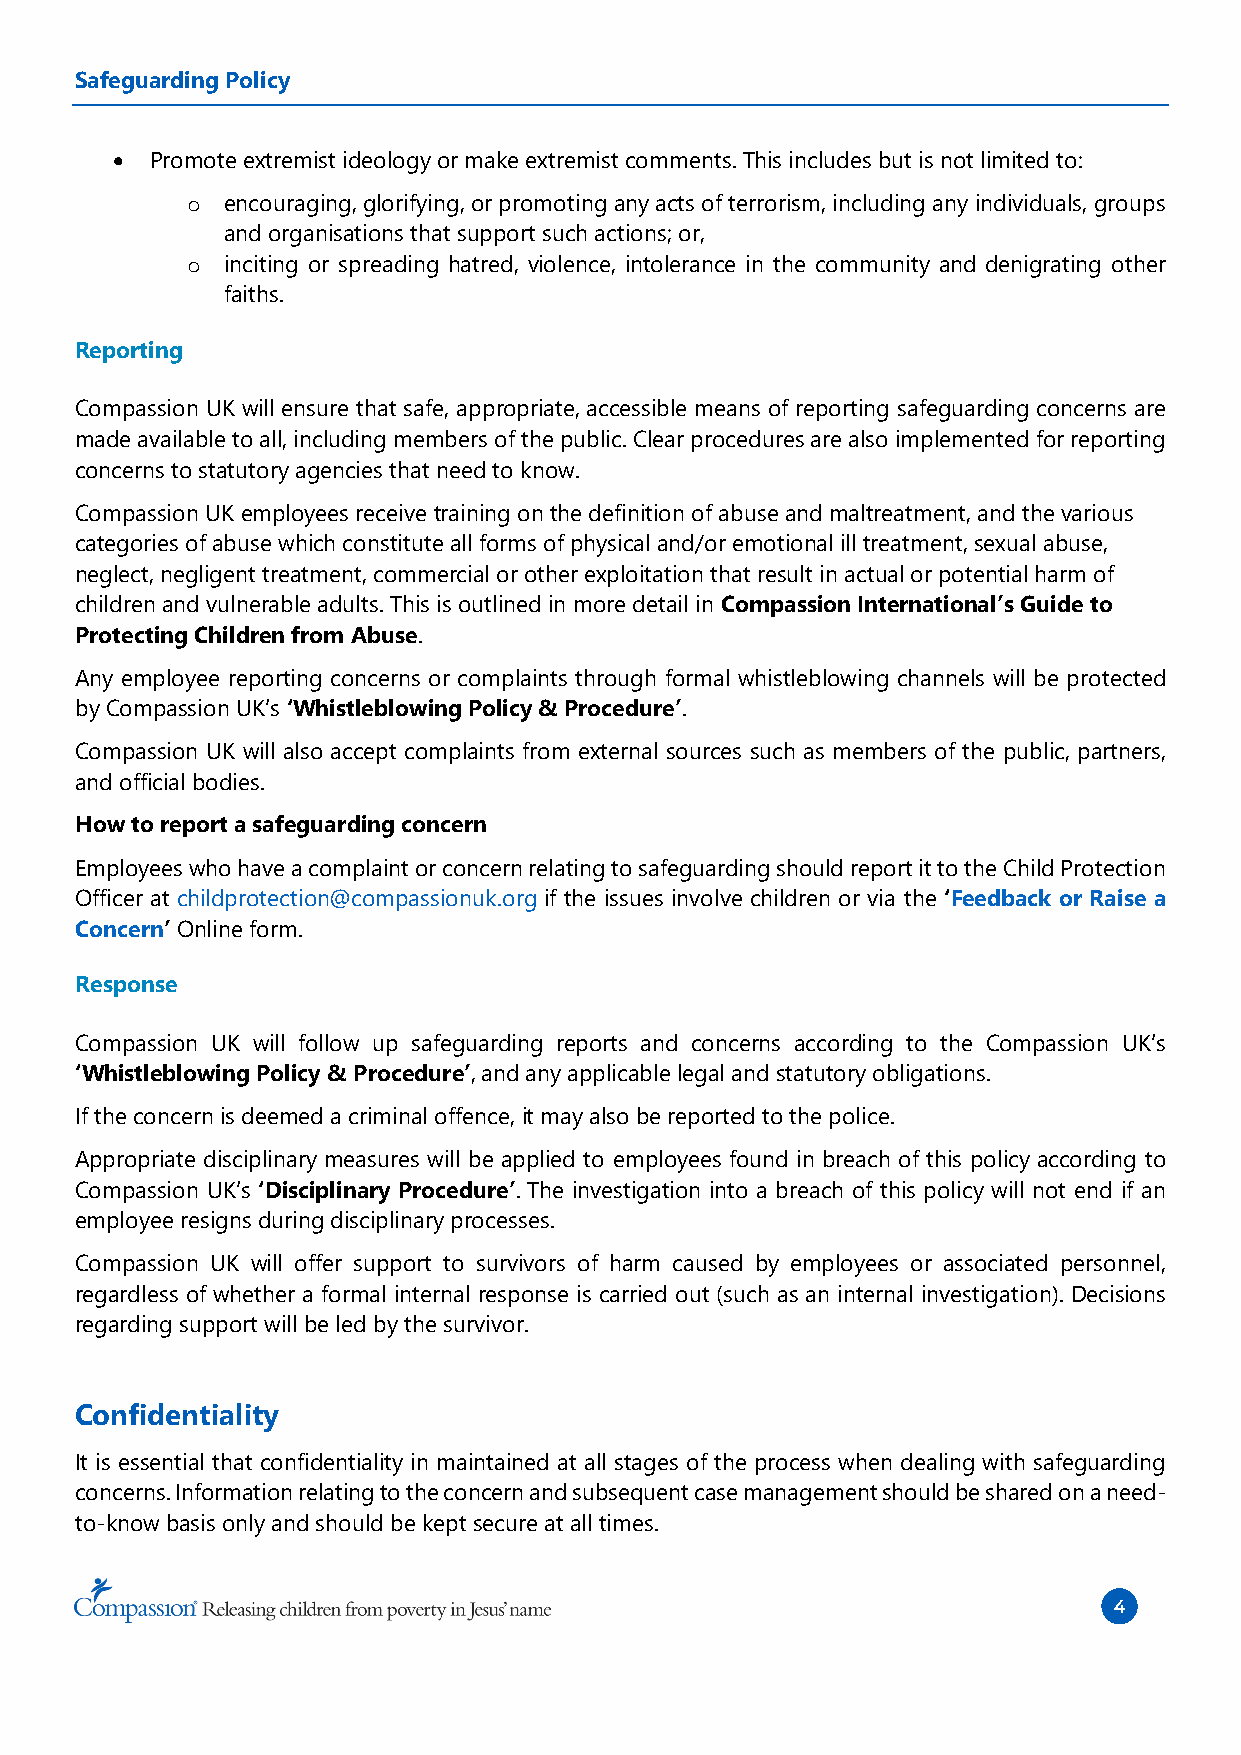
Safeguarding Policy
 •  Promote extremist ideology or make extremist comments. This includes but is not limited to:
 o  encouraging, glorifying, or promoting any acts of terrorism, including any individuals, groups
 and organisations that support such actions; or,
 o  inciting or spreading hatred, violence, intolerance in the community and denigrating other
 faiths.
 Reporting
 Compassion UK will ensure that safe, appropriate, accessible means of reporting safeguarding concerns are
 made available to all, including members of the public. Clear procedures are also implemented for reporting
 concerns to statutory agencies that need to know.
 Compassion UK employees receive training on the definition of abuse and maltreatment, and the various
 categories of abuse which constitute all forms of physical and/or emotional ill treatment, sexual abuse,
 neglect, negligent treatment, commercial or other exploitation that result in actual or potential harm of
 children and vulnerable adults. This is outlined in more detail in Compassion International’s Guide to
 Protecting Children from Abuse.
 Any employee reporting concerns or complaints through formal whistleblowing channels will be protected
 by Compassion UK’s ‘Whistleblowing Policy & Procedure’.
 Compassion UK will also accept complaints from external sources such as members of the public, partners,
 and official bodies.
 How to report a safeguarding concern
 Employees who have a complaint or concern relating to safeguarding should report it to the Child Protection
 Officer at childprotection@compassionuk.org if the issues involve children or via the ‘Feedback or Raise a
 Concern’ Online form.
 Response
 Compassion UK will follow up safeguarding reports and concerns according to the Compassion UK’s
 ‘Whistleblowing Policy & Procedure’, and any applicable legal and statutory obligations.
 If the concern is deemed a criminal offence, it may also be reported to the police.
 Appropriate disciplinary measures will be applied to employees found in breach of this policy according to
 Compassion UK’s ‘Disciplinary Procedure’. The investigation into a breach of this policy will not end if an
 employee resigns during disciplinary processes.
 Compassion UK will offer support to survivors of harm caused by employees or associated personnel,
 regardless of whether a formal internal response is carried out (such as an internal investigation). Decisions
 regarding support will be led by the survivor.
 Confidentiality
 It is essential that confidentiality in maintained at all stages of the process when dealing with safeguarding
 concerns. Information relating to the concern and subsequent case management should be shared on a need-
 to-know basis only and should be kept secure at all times.
 4